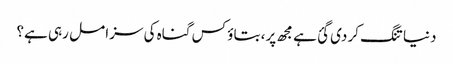
دنیا تنگ کر دی گئ ہے مجھ پر، بتاؤ کس گناہ کی سزا مل رہی ہے؟